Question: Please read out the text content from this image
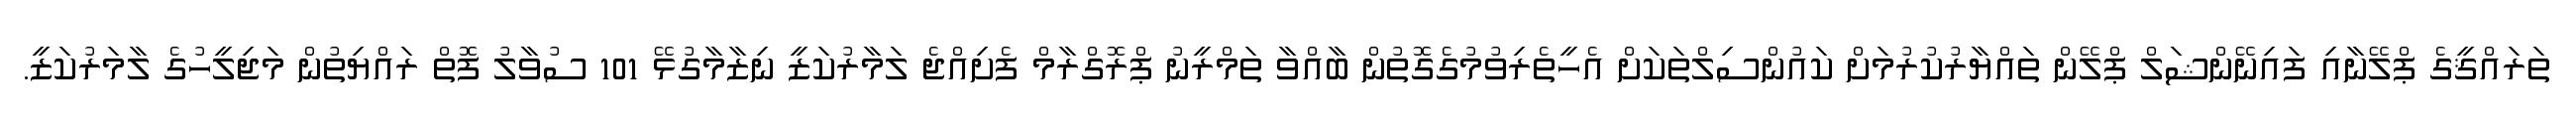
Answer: ތަރައްޤީގެ ޕްލޭނާއި ފައިނޭންޝަލް ޕްލޭން ތައްޔާރުކުރުމަށް ކައުންސިލްތަކަށް އެހީތެރިވުމުގެގޮތުން ބާއްވާ ތަމްރީނު ޕްރޮގްރާމް ފެށިއްޖެ ލަމާރުކަޒީ ނިޒާމާގުޅޭ 101 ސުވާލު ފޮތް ރައްޔިތުން މަޖިލީހުގެ ލާމަރުކަޒީ.